Sketch of the medical history of the native army of Bombay, for the year
Year: 1876
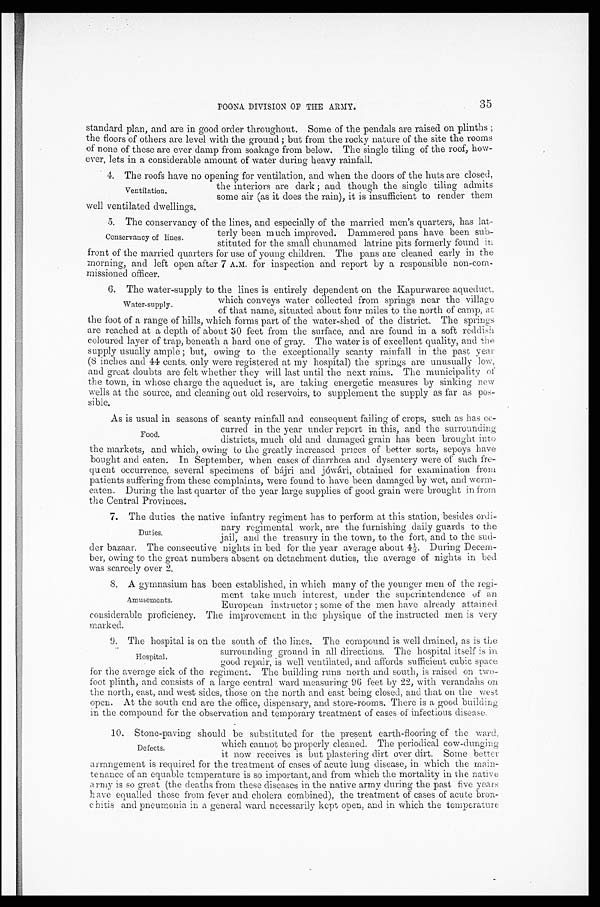
POONA DIVISION OF THE ARMY.
standard plan, and are in good order throughout. Some of the pendals are raised on plinths;
the floors of others are level with the ground; but from the rocky nature of the site the rooms
of none of these are ever damp from soakage from below. The single tiling of the roof, how
-ever, lets in a considerable amount of water during heavy rainfall.
4. The roofs have no opening for ventilation, and when the doors of the huts are closed,
the interiors are dark; and though the single tiling admits
some air (as it does the rain), it is insufficient to render them
well ventilated dwellings.
5. The conservancy of the lines, and especially of the married men's quarters, has lat-
terly been much improved. Dammered pans have been sub-
stituted for the small chunamed latrine pits formerly found in
front of the married quarters for use of young children. The pans are cleaned early in the
morning, and left open after 7 A.M. for inspection and report by a responsible non-com--
missioned officer.
6. The water-supply to the lines is entirely dependent on the Kapurwaree aqueduct,
which conveys water collected from springs near the village
of that name, situated about four miles to the north of camp, at
the foot of a range of hills, which forms part of the water-shed of the district. The springs
are reached at a depth of about 30 feet from the surface, and are found in a soft reddish
coloured layer of trap, beneath a hard one of gray. The water is of excellent quality, and the
supply usually ample; but, owing to the exceptionally scanty rainfall in the past year
(8 inches and 44 cents, only were registered at my hospital) the springs are unusually low,
and great doubts are felt whether they will last until the next rains. The municipality of
the town, in whose charge the aqueduct is, are taking energetic measures by sinking new
wells at the source, and cleaning out old reservoirs, to supplement the supply as far as pos
- s i b l e .
As is usual in seasons of scanty rainfall and consequent failing of crops, such as has oc
-
curred in the year under report in this, and the surrounding
districts, much old and damaged grain has been brought into
the markets, and which, owing to the greatly increased prices of better sorts, sepoys have
bought and eaten. In September, when cases of diarrhœa and dysentery were of such fre
- q u e n t o c c u r r e n c e , s e v e r a l s p e c i m e n s o f b á j r i a n d j ó w á r i , o b t a i n e d f o r e x a m i n a t i o n f r o m
patients suffering from these complaints, were found to have been damaged by wet, and worm
- e a t e n . D u r i n g t h e l a s t q u a r t e r o f t h e y e a r l a r g e s u p p l i e s o f g o o d g r a i n w e r e b r o u g h t i n f r o m
the Central Provinces.
7. The duties the native infantry regiment has to perform at this station, besides ordi
-nary regimental work, are the furnishing daily guards to the
jail, and the treasury in the town, to the fort, and to the sud
-der bazaar. The consecutive nights in bed for the year average about 4 1/3. During Decem
- b e r , o w i n g t o t h e g r e a t n u m b e r s a b s e n t o n d e t a c h m e n t d u t i e s , t h e a v e r a g e o f n i g h t s i n b e d
was scarcely over 2.
8 .
A gymnasium has been established, in which many of the younger men of the regi
-ment take much interest, under the superintendence of an
European instructor; some of the men have already attained.
considerable proficiency. The improvement in the physique of the instructed men is very
marked.
9. The hospital is on the south of the lines. The compound is well drained, as is the
surrounding ground in all directions. The hospital itself is in
good repair, is well ventilated, and affords sufficient cubic space
for the average sick of the regiment. The building runs north and south, is raised on two-
foot plinth, and consists of a large central ward measuring 96 feet by 22, with verandahs on
the north, east, and west sides, those on the north and east being closed, and that on the west
open. At the south end are the office, dispensary, and store-rooms. There is a good building
in the compound for the observation and temporary treatment of cases of infectious disease.
Ventilation.
Conservancy of lines.
Water supply.
Food.
Duties.
Amusements.
Hospital.
10. Stone-paving should be substituted for the present earth-flooring of the ward,
which cannot be properly cleaned. The periodical cow-dunging
it now receives is but plastering dirt over dirt. Some better
arrangement is required for the treatment of cases of acute lung disease, in which the main -
tenance of an equable temperature is so important, and from which the mortality in the native
army is so great (the deaths from these diseases in the native army during the past five years
ave equalled those from fever and cholera combined), the treatment of cases of acute bron-
chitis and pneumonia in a general ward necessarily kept open, and in which the temperature
Defects.